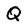
Character: Q